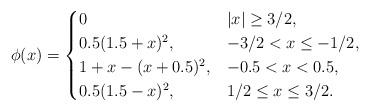
LaTeX: \begin{align*}\phi(x)=\begin{cases}0 & |x| \ge 3/2,\\0.5(1.5+x)^2, &-3/2<x\le -1/2,\\1+x-(x+0.5)^2, & -0.5<x<0.5,\\0.5(1.5-x)^2, &1/2\le x\le 3/2.\end{cases}\end{align*}